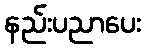
နည်းပညာပေး